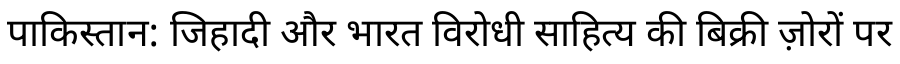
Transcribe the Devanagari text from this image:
पाकिस्तान: जिहादी और भारत विरोधी साहित्य की बिक्री ज़ोरों पर